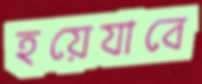
হয়েযাবে